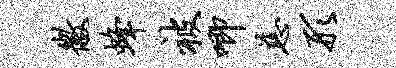
徽蜂被唧慈形